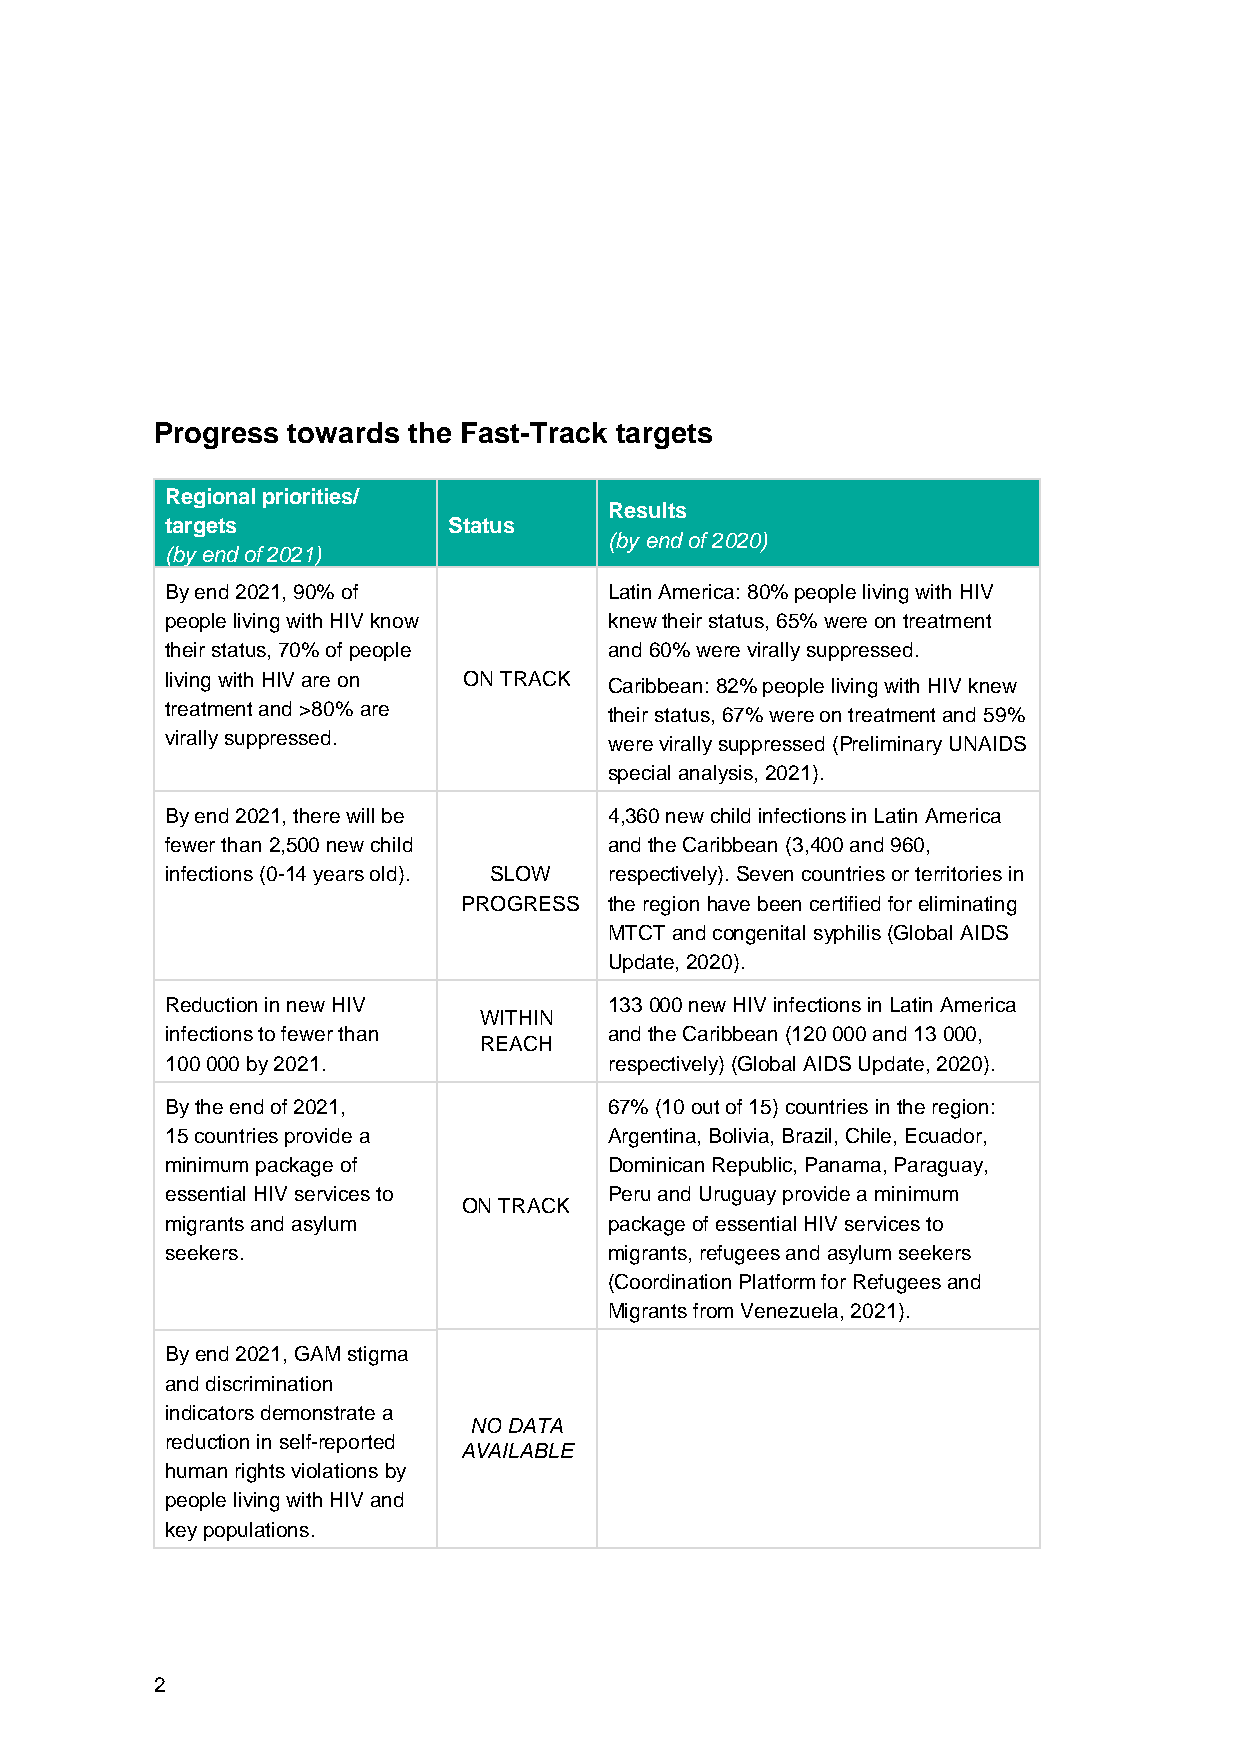
Progress towards the Fast-Track targets
 Regional priorities/
 Results
 targets            Status
 (by end of 2020)
 (by end of 2021)
 By end 2021, 90% of          Latin America: 80% people living with HIV
 people living with HIV know  knew their status, 65% were on treatment
 their status, 70% of people  and 60% were virally suppressed.
 living with HIV are on ON TRACK Caribbean: 82% people living with HIV knew
 treatment and >80% are       their status, 67% were on treatment and 59%
 virally suppressed.          were virally suppressed (Preliminary UNAIDS
 special analysis, 2021).
 By end 2021, there will be   4,360 new child infections in Latin America
 fewer than 2,500 new child   and the Caribbean (3,400 and 960,
 infections (0-14 years old). SLOW respectively). Seven countries or territories in
 PROGRESS the region have been certified for eliminating
 MTCT and congenital syphilis (Global AIDS
 Update, 2020).
 Reduction in new HIV         133 000 new HIV infections in Latin America
 WITHIN
 infections to fewer than     and the Caribbean (120 000 and 13 000,
 REACH
 100 000 by 2021.             respectively) (Global AIDS Update, 2020).
 By the end of 2021,          67% (10 out of 15) countries in the region:
 15 countries provide a       Argentina, Bolivia, Brazil, Chile, Ecuador,
 minimum package of           Dominican Republic, Panama, Paraguay,
 essential HIV services to    Peru and Uruguay provide a minimum
 ON TRACK
 migrants and asylum          package of essential HIV services to
 seekers.                     migrants, refugees and asylum seekers
 (Coordination Platform for Refugees and
 Migrants from Venezuela, 2021).
 By end 2021, GAM stigma
 and discrimination
 indicators demonstrate a
 NO DATA
 reduction in self-reported
 AVAILABLE
 human rights violations by
 people living with HIV and
 key populations.
 2